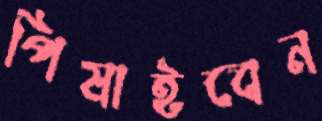
পিষাইবেন